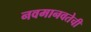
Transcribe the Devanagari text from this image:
नवमानवतेची